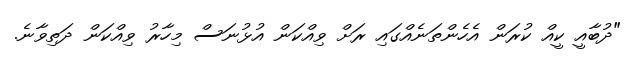
"ދުބާއީ ކީއް ކުރަން އެހެންތަނެއްގައި ރަށް ވިއްކަން އުޅުނަސް މިހާރު ވިއްކަން ދަތިވާނެ.